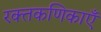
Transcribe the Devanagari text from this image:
रक्तकणिकाएँ